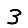
Digit: 3